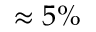
\approx 5 \%